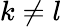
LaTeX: k\neq l